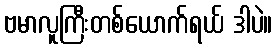
ဗမာလူကြီးတစ်ယောက်ရယ် ဒါပဲ။